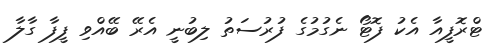
ޓްރޮފީއާ އެކު ފޮޓޯ ނެގުމުގެ ފުރުސަތު ލިބުނީ އެރޭ ބޭއްވި ފީފާ ގާލާ